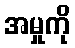
အမှုကို